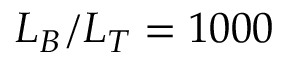
L _ { B } / L _ { T } = 1 0 0 0